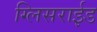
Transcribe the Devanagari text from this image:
ग्लिसराईड